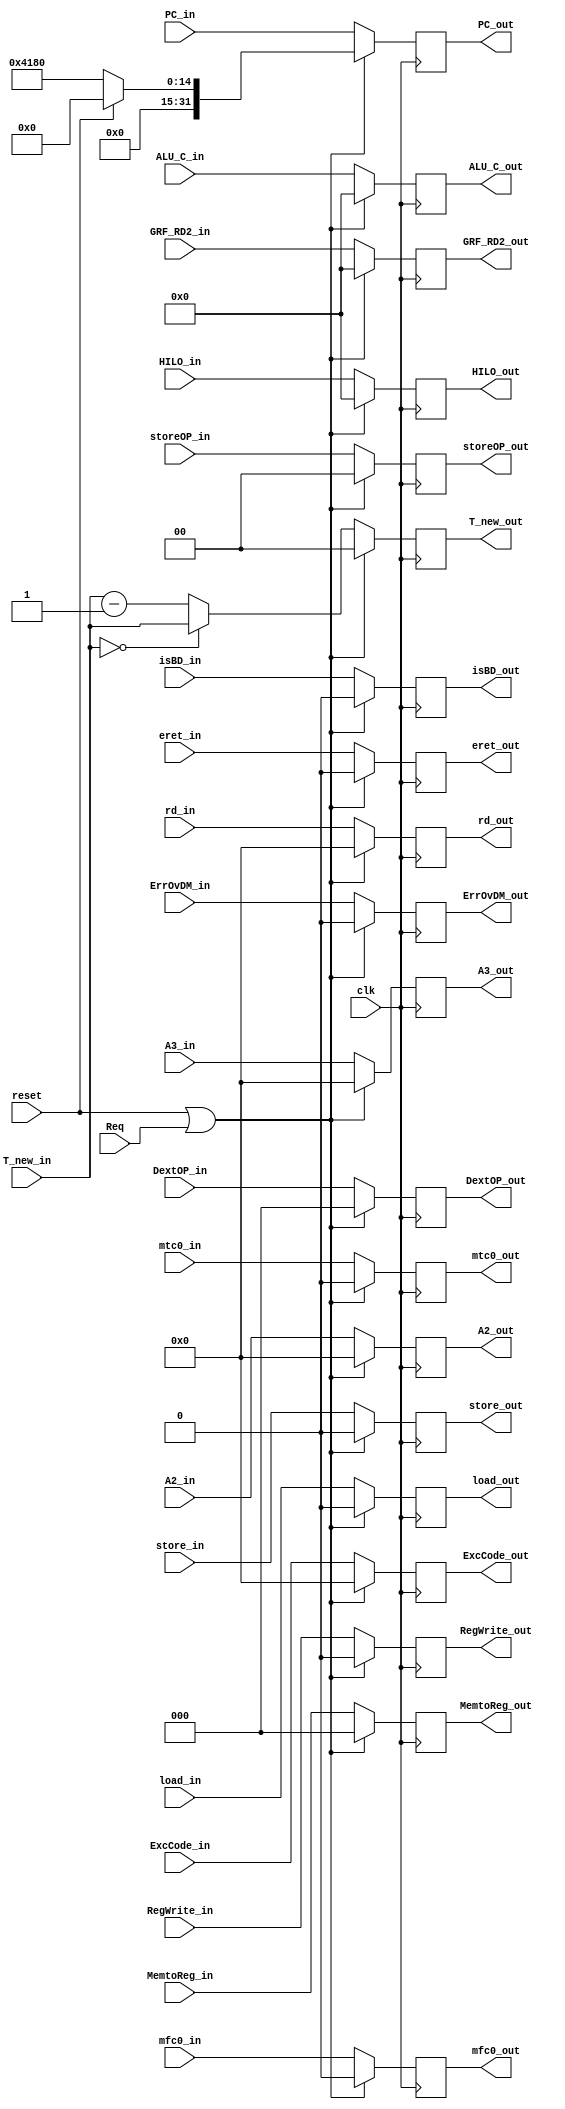
`timescale 1ns / 1ps

module m_reg(
    input clk,
    input reset,
    input Req,

    input [31:0] PC_in,
    input [1:0] T_new_in,

    input RegWrite_in,
    input [2:0] MemtoReg_in,
    input [1:0] storeOP_in,
    input [2:0] DextOP_in,
    input load_in,
    input store_in,

    input [4:0] A2_in,
    input [4:0] rd_in,
    input [4:0] A3_in,
    input [31:0] ALU_C_in,
    input [31:0] HILO_in,
    input [31:0] GRF_RD2_in,

    input isBD_in,
    input mfc0_in,
    input mtc0_in,
    input eret_in,

    input ErrOvDM_in,
    input [4:0] ExcCode_in,

    output reg [31:0] PC_out,
    output reg [1:0] T_new_out,

    output reg RegWrite_out,
    output reg [2:0] MemtoReg_out,
    output reg [1:0] storeOP_out,
    output reg [2:0] DextOP_out,
    output reg load_out,
    output reg store_out,

    output reg [4:0] A2_out,
    output reg [4:0] rd_out,
    output reg [4:0] A3_out,
    output reg [31:0] ALU_C_out,
    output reg [31:0] HILO_out,
    output reg [31:0] GRF_RD2_out,

    output reg isBD_out,
    output reg mfc0_out,
    output reg mtc0_out,
    output reg eret_out,

    output reg ErrOvDM_out,
    output reg [4:0] ExcCode_out
    );

    always @(posedge clk) begin
        if (reset | Req) begin
            //PC_out <= Req ? 32'h0000_4180 : 32'b0;
            PC_out <= reset ? 32'b0 : 32'h0000_4180;
            T_new_out <= 2'd0;

            RegWrite_out <= 1'b0;
            MemtoReg_out <= 3'b0;
            storeOP_out <= 2'b00;
            DextOP_out <= 3'd0;
            load_out <= 1'b0;
            store_out <= 1'b0;

            A2_out <= 5'b0;
            rd_out <= 5'd0;
            A3_out <= 5'b0;
            ALU_C_out <= 32'b0;
            HILO_out <= 32'b0;
            GRF_RD2_out <= 32'b0;

            isBD_out <= 1'b0;
            mfc0_out <= 1'b0;
            mtc0_out <= 1'b0;
            eret_out <= 1'b0;

            ErrOvDM_out <= 1'd0;
            ExcCode_out <= 5'd0;
        end
        else begin
            PC_out <= PC_in;
            T_new_out <= (T_new_in == 2'd0) ? T_new_in : T_new_in - 2'd1;

            RegWrite_out <= RegWrite_in;
            MemtoReg_out <= MemtoReg_in;
            storeOP_out <= storeOP_in;
            DextOP_out <= DextOP_in;
            load_out <= load_in;
            store_out <= store_in;

            A2_out <= A2_in;
            rd_out <= rd_in;
            A3_out <= A3_in;
            ALU_C_out <= ALU_C_in;
            HILO_out <= HILO_in;
            GRF_RD2_out <= GRF_RD2_in;

            isBD_out <= isBD_in;
            mfc0_out <= mfc0_in;
            mtc0_out <= mtc0_in;
            eret_out <= eret_in;
            
            ErrOvDM_out <= ErrOvDM_in;
            ExcCode_out <= ExcCode_in;
        end
    end

endmodule